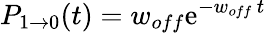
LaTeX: P_{1\rightarrow 0}(t)=w_{off}\mathrm{e}^{-w_{off}\, t}